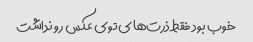
خوب بود فقط ذرت‌های توی عکس رو‌ نداشت